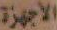
الأجهزة